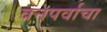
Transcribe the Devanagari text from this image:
वनपर्वाचा